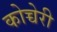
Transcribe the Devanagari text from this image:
कोच्चेरी